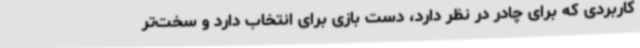
کاربردی که برای چادر در نظر دارد، دست بازی برای انتخاب دارد و سخت‌تر